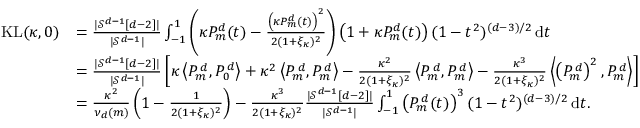
\begin{array} { r l } { \mathrm { K L } ( \kappa , 0 ) } & { = \frac { | \mathcal { S } ^ { d - 1 } [ d - 2 ] | } { | \mathcal { S } ^ { d - 1 } | } \int _ { - 1 } ^ { 1 } \left( \kappa P _ { m } ^ { d } ( t ) - \frac { \left( \kappa P _ { m } ^ { d } ( t ) \right) ^ { 2 } } { 2 ( 1 + \xi _ { \kappa } ) ^ { 2 } } \right) \left( 1 + \kappa P _ { m } ^ { d } ( t ) \right) ( 1 - t ^ { 2 } ) ^ { ( d - 3 ) / 2 } \, \mathrm { d } t } \\ & { = \frac { | \mathcal { S } ^ { d - 1 } [ d - 2 ] | } { | \mathcal { S } ^ { d - 1 } | } \left[ \kappa \left\langle P _ { m } ^ { \, d } , P _ { 0 } ^ { \, d } \right\rangle + \kappa ^ { 2 } \left\langle P _ { m } ^ { \, d } , P _ { m } ^ { \, d } \right\rangle - \frac { \kappa ^ { 2 } } { 2 ( 1 + \xi _ { \kappa } ) ^ { 2 } } \left\langle P _ { m } ^ { \, d } , P _ { m } ^ { \, d } \right\rangle - \frac { \kappa ^ { 3 } } { 2 ( 1 + \xi _ { \kappa } ) ^ { 2 } } \left\langle \left( P _ { m } ^ { \, d } \right) ^ { 2 } , P _ { m } ^ { \, d } \right\rangle \right] } \\ & { = \frac { \kappa ^ { 2 } } { \nu _ { d } ( m ) } \left( 1 - \frac { 1 } { 2 ( 1 + \xi _ { \kappa } ) ^ { 2 } } \right) - \frac { \kappa ^ { 3 } } { 2 ( 1 + \xi _ { \kappa } ) ^ { 2 } } \frac { | \mathcal { S } ^ { d - 1 } [ d - 2 ] | } { | \mathcal { S } ^ { d - 1 } | } \int _ { - 1 } ^ { 1 } \left( P _ { m } ^ { \, d } ( t ) \right) ^ { 3 } ( 1 - t ^ { 2 } ) ^ { ( d - 3 ) / 2 } \, \mathrm { d } t . } \end{array}